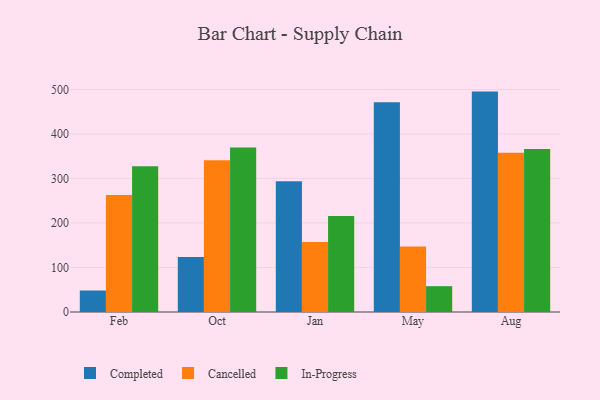
{"axis": {"x": "Month", "y": "Inventory Turnover"}, "legend": ["Cancelled", "Completed", "In-Progress"], "data": [{"x": "Feb", "y": 48.3, "type": "Completed"}, {"x": "Feb", "y": 262.9, "type": "Cancelled"}, {"x": "Feb", "y": 327.5, "type": "In-Progress"}, {"x": "Oct", "y": 123.7, "type": "Completed"}, {"x": "Oct", "y": 340.7, "type": "Cancelled"}, {"x": "Oct", "y": 369.8, "type": "In-Progress"}, {"x": "Jan", "y": 293.9, "type": "Completed"}, {"x": "Jan", "y": 157.0, "type": "Cancelled"}, {"x": "Jan", "y": 215.6, "type": "In-Progress"}, {"x": "May", "y": 471.4, "type": "Completed"}, {"x": "May", "y": 147.1, "type": "Cancelled"}, {"x": "May", "y": 58.0, "type": "In-Progress"}, {"x": "Aug", "y": 495.1, "type": "Completed"}, {"x": "Aug", "y": 357.5, "type": "Cancelled"}, {"x": "Aug", "y": 366.0, "type": "In-Progress"}]}